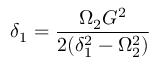
\delta _ { 1 } = \frac { \Omega _ { 2 } G ^ { 2 } } { 2 ( \delta _ { 1 } ^ { 2 } - \Omega _ { 2 } ^ { 2 } ) }